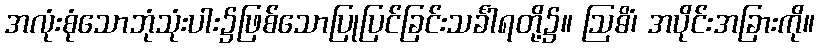
အလုံးစုံသောဘုံသုံးပါး၌ဖြစ်သောပြုပြင်ခြင်းသင်္ခါရတို့၌။ ဩဓိံ၊ အပိုင်းအခြားကို။